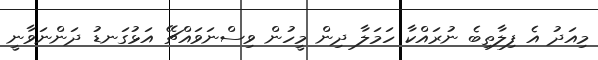
މިއަދު އެ ފިލާތިބެ ނުރައްކާ ހަމަލާ ދިން މީހުން ވިސްނަވައްޗޭ އަޅުގަނޑު ދަންނަވާނީ